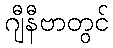
ဂျီနီဗာတွင်